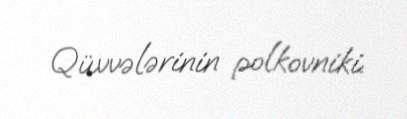
Qüvvələrinin polkovniki.